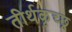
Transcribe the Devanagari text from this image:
तीर्थकृच्छ्र